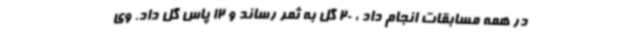
در همه مسابقات انجام داد ، 20 گل به ثمر رساند و 12 پاس گل داد. وی